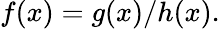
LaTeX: f(x)=g(x)/h(x).